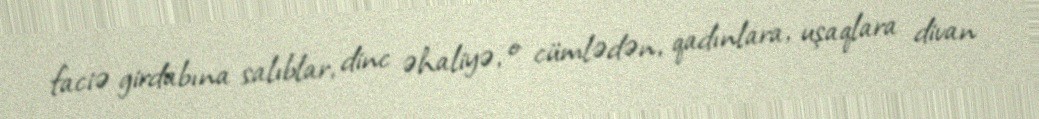
faciə girdabına salıblar, dinc əhaliyə, o cümlədən, qadınlara, uşaqlara divan